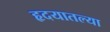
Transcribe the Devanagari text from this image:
हृदयातल्या